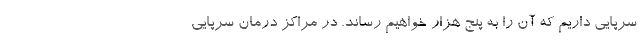
سرپایی داریم که آن را به پنج هزار خواهیم رساند. در مراکز درمان سرپایی